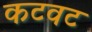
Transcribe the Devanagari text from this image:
कटवट